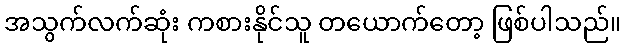
အသွက်လက်ဆုံး ကစားနိုင်သူ တယောက်တော့ ဖြစ်ပါသည်။